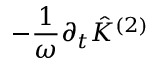
- \frac { 1 } { \omega } \partial _ { t } \hat { K } ^ { ( 2 ) }